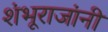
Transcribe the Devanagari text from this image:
शंभूराजांनी